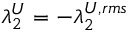
\lambda _ { 2 } ^ { U } = - \lambda _ { 2 } ^ { U , r m s }